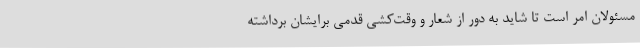
مسئولان امر است تا شاید به دور از شعار و وقت‌کشی قدمی برایشان برداشته‌